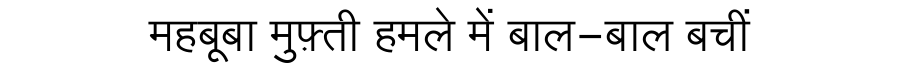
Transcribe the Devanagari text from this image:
महबूबा मुफ़्ती हमले में बाल-बाल बचीं